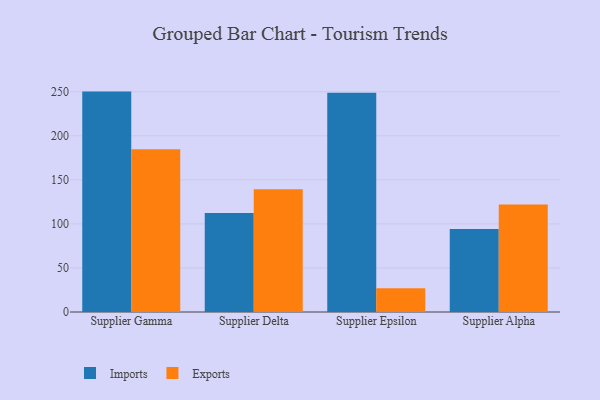
{"axis": {"x": "Supplier", "y": "Page Views"}, "legend": ["Exports", "Imports"], "data": [{"x": "Supplier Gamma", "y": 250.2, "type": "Imports"}, {"x": "Supplier Gamma", "y": 184.8, "type": "Exports"}, {"x": "Supplier Delta", "y": 112.3, "type": "Imports"}, {"x": "Supplier Delta", "y": 139.3, "type": "Exports"}, {"x": "Supplier Epsilon", "y": 248.9, "type": "Imports"}, {"x": "Supplier Epsilon", "y": 27.1, "type": "Exports"}, {"x": "Supplier Alpha", "y": 94.1, "type": "Imports"}, {"x": "Supplier Alpha", "y": 121.9, "type": "Exports"}]}